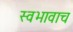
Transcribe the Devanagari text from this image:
स्वभावाच